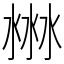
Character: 㴇